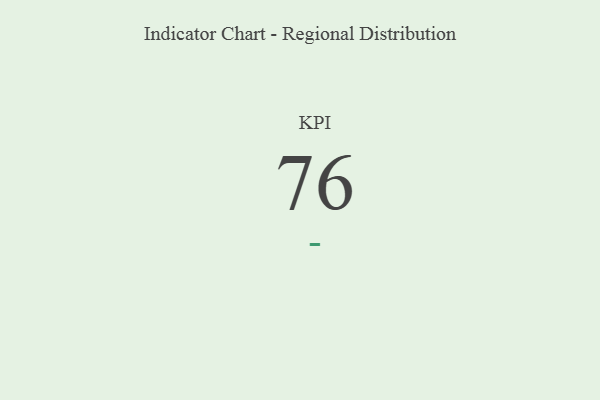
{"axis": {"x": "KPI", "y": "Value"}, "legend": [""], "data": [{"x": "KPI", "y": 76, "type": ""}]}